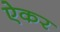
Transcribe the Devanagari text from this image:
ऐकर